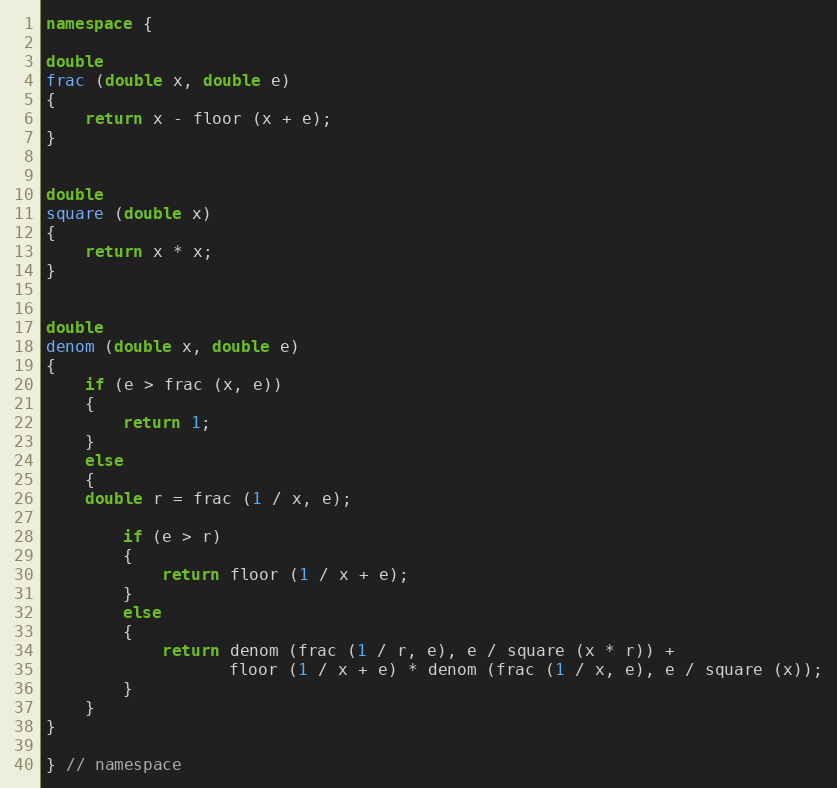
Language: C++
namespace {

double
frac (double x, double e)
{
    return x - floor (x + e);
}

double
square (double x)
{
    return x * x;
}

double
denom (double x, double e)
{
    if (e > frac (x, e))
    {
        return 1;
    }
    else
    {
	double r = frac (1 / x, e);

        if (e > r)
        {
            return floor (1 / x + e);
        }
        else
        {
            return denom (frac (1 / r, e), e / square (x * r)) +
                   floor (1 / x + e) * denom (frac (1 / x, e), e / square (x));
        }
    }
}

} // namespace